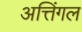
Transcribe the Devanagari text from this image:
अत्तिंगल